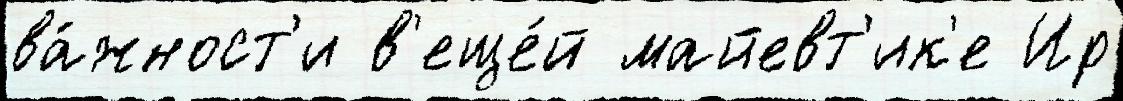
ва́жност'и в'еще́й майевт'ик'е Ир